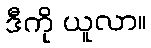
ဒီကို ယူလာ။